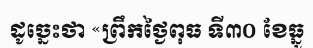
ដូច្នេះថា «ព្រឹកថ្ងៃពុធ ទី៣០ ខែធ្នូ